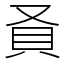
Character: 𬥎